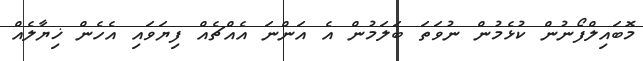
މޮބައިލްފޯނުން ކުޅެމުން ނުވަތަ ބަލަމުން އެ އަންނަ އެއްޗެއް ފިޔަވައި އެހެން ޚިޔާލެއް